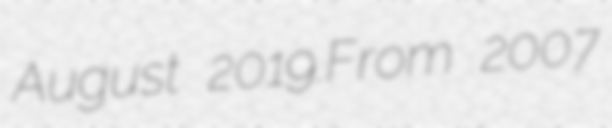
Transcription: August 2019.From 2007